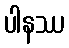
ပါနဿ